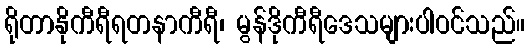
ရိုတာနိုကီရီရတနာကီရီ၊ မွန်ဒိုကီရီဒေသများပါဝင်သည်။